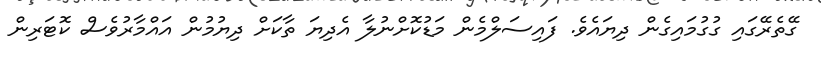
ގޭތެރޭގައި ގުގުމައިގެން ދިޔައެވެ. ފައިސަލްމެން މަޑުކޮށްނުލާ އެދިޔަ ތާކަށް ދިޔުމުން އައްމާރުވެސް ކޮޓަރިން